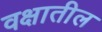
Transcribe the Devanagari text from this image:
वक्षातील